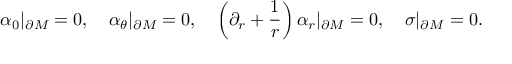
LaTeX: \alpha _ { 0 } | _ { \partial M } = 0 , \quad \alpha _ { \theta } | _ { \partial M } = 0 , \quad \left( \partial _ { r } + \frac 1 r \right) \alpha _ { r } | _ { \partial M } = 0 , \quad \sigma | _ { \partial M } = 0 .